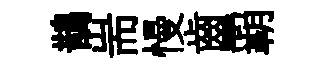
鵲耑慢齒覇